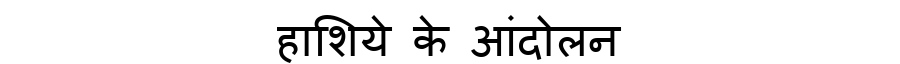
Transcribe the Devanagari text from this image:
हाशिये के आंदोलन